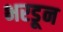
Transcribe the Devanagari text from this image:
भरडून